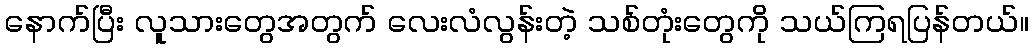
နောက်ပြီး လူသားတွေအတွက် လေးလံလွန်းတဲ့ သစ်တုံးတွေကို သယ်ကြရပြန်တယ်။